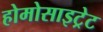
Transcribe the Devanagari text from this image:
होमोसाइट्रेट